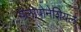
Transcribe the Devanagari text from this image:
पेलोपोनेशियल